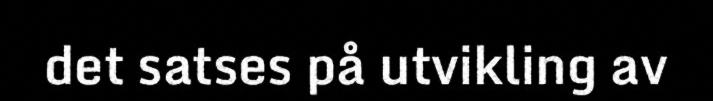
det satses på utvikling av